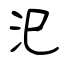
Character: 汜